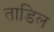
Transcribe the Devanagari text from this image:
ताडिल